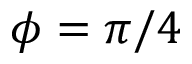
\phi = \pi / 4